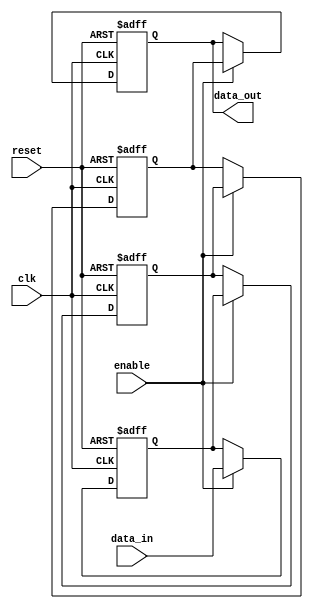
module multistage_register (
    input wire clk,          // Clock signal
    input wire reset,        // Reset signal
    input wire enable,       // Enable signal for loading data
    input wire [7:0] data_in, // Input data (8 bits)
    output reg [7:0] data_out // Output data from the last stage
);

    // Internal registers for each stage
    reg [7:0] R1; // Stage 1
    reg [7:0] R2; // Stage 2
    reg [7:0] R3; // Stage 3

    // Sequential logic for the multistage register
    always @(posedge clk or posedge reset) begin
        if (reset) begin
            // Clear all registers on reset
            R1 <= 8'b0;
            R2 <= 8'b0;
            R3 <= 8'b0;
            data_out <= 8'b0;
        end else if (enable) begin
            // Load data into the first stage
            R1 <= data_in; // Load input data into R1
            R2 <= R1;      // Propagate data from R1 to R2
            R3 <= R2;      // Propagate data from R2 to R3
            data_out <= R3; // Output the data from the last stage
        end
    end

endmodule